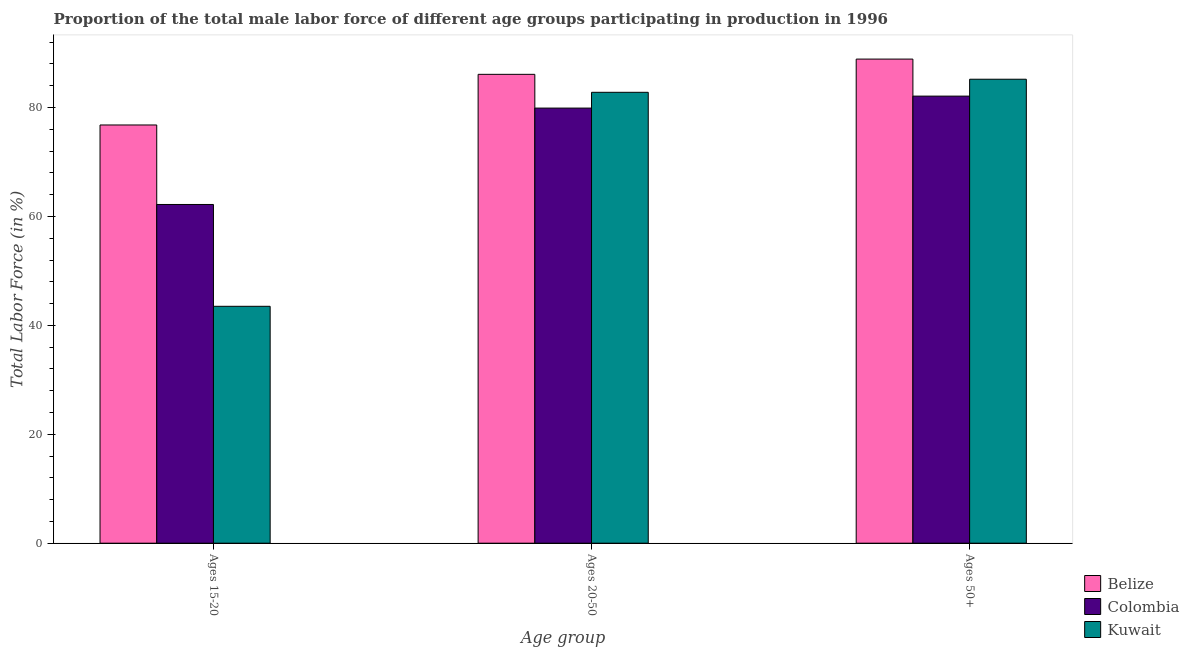
| Age group | Belize | Colombia | Kuwait |
 | --- | --- | --- | --- |
 | Ages 15-20 | 76.8 | 62.2 | 43.5 |
 | Ages 20-50 | 86.1 | 79.9 | 82.8 |
 | Ages 50+ | 88.9 | 82.1 | 85.2 |